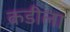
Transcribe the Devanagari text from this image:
कडीला